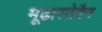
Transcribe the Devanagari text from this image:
मूढास्तेवैन